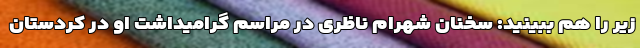
زیر را هم ببینید: سخنان شهرام ناظری در مراسم گرامیداشت او در کردستان